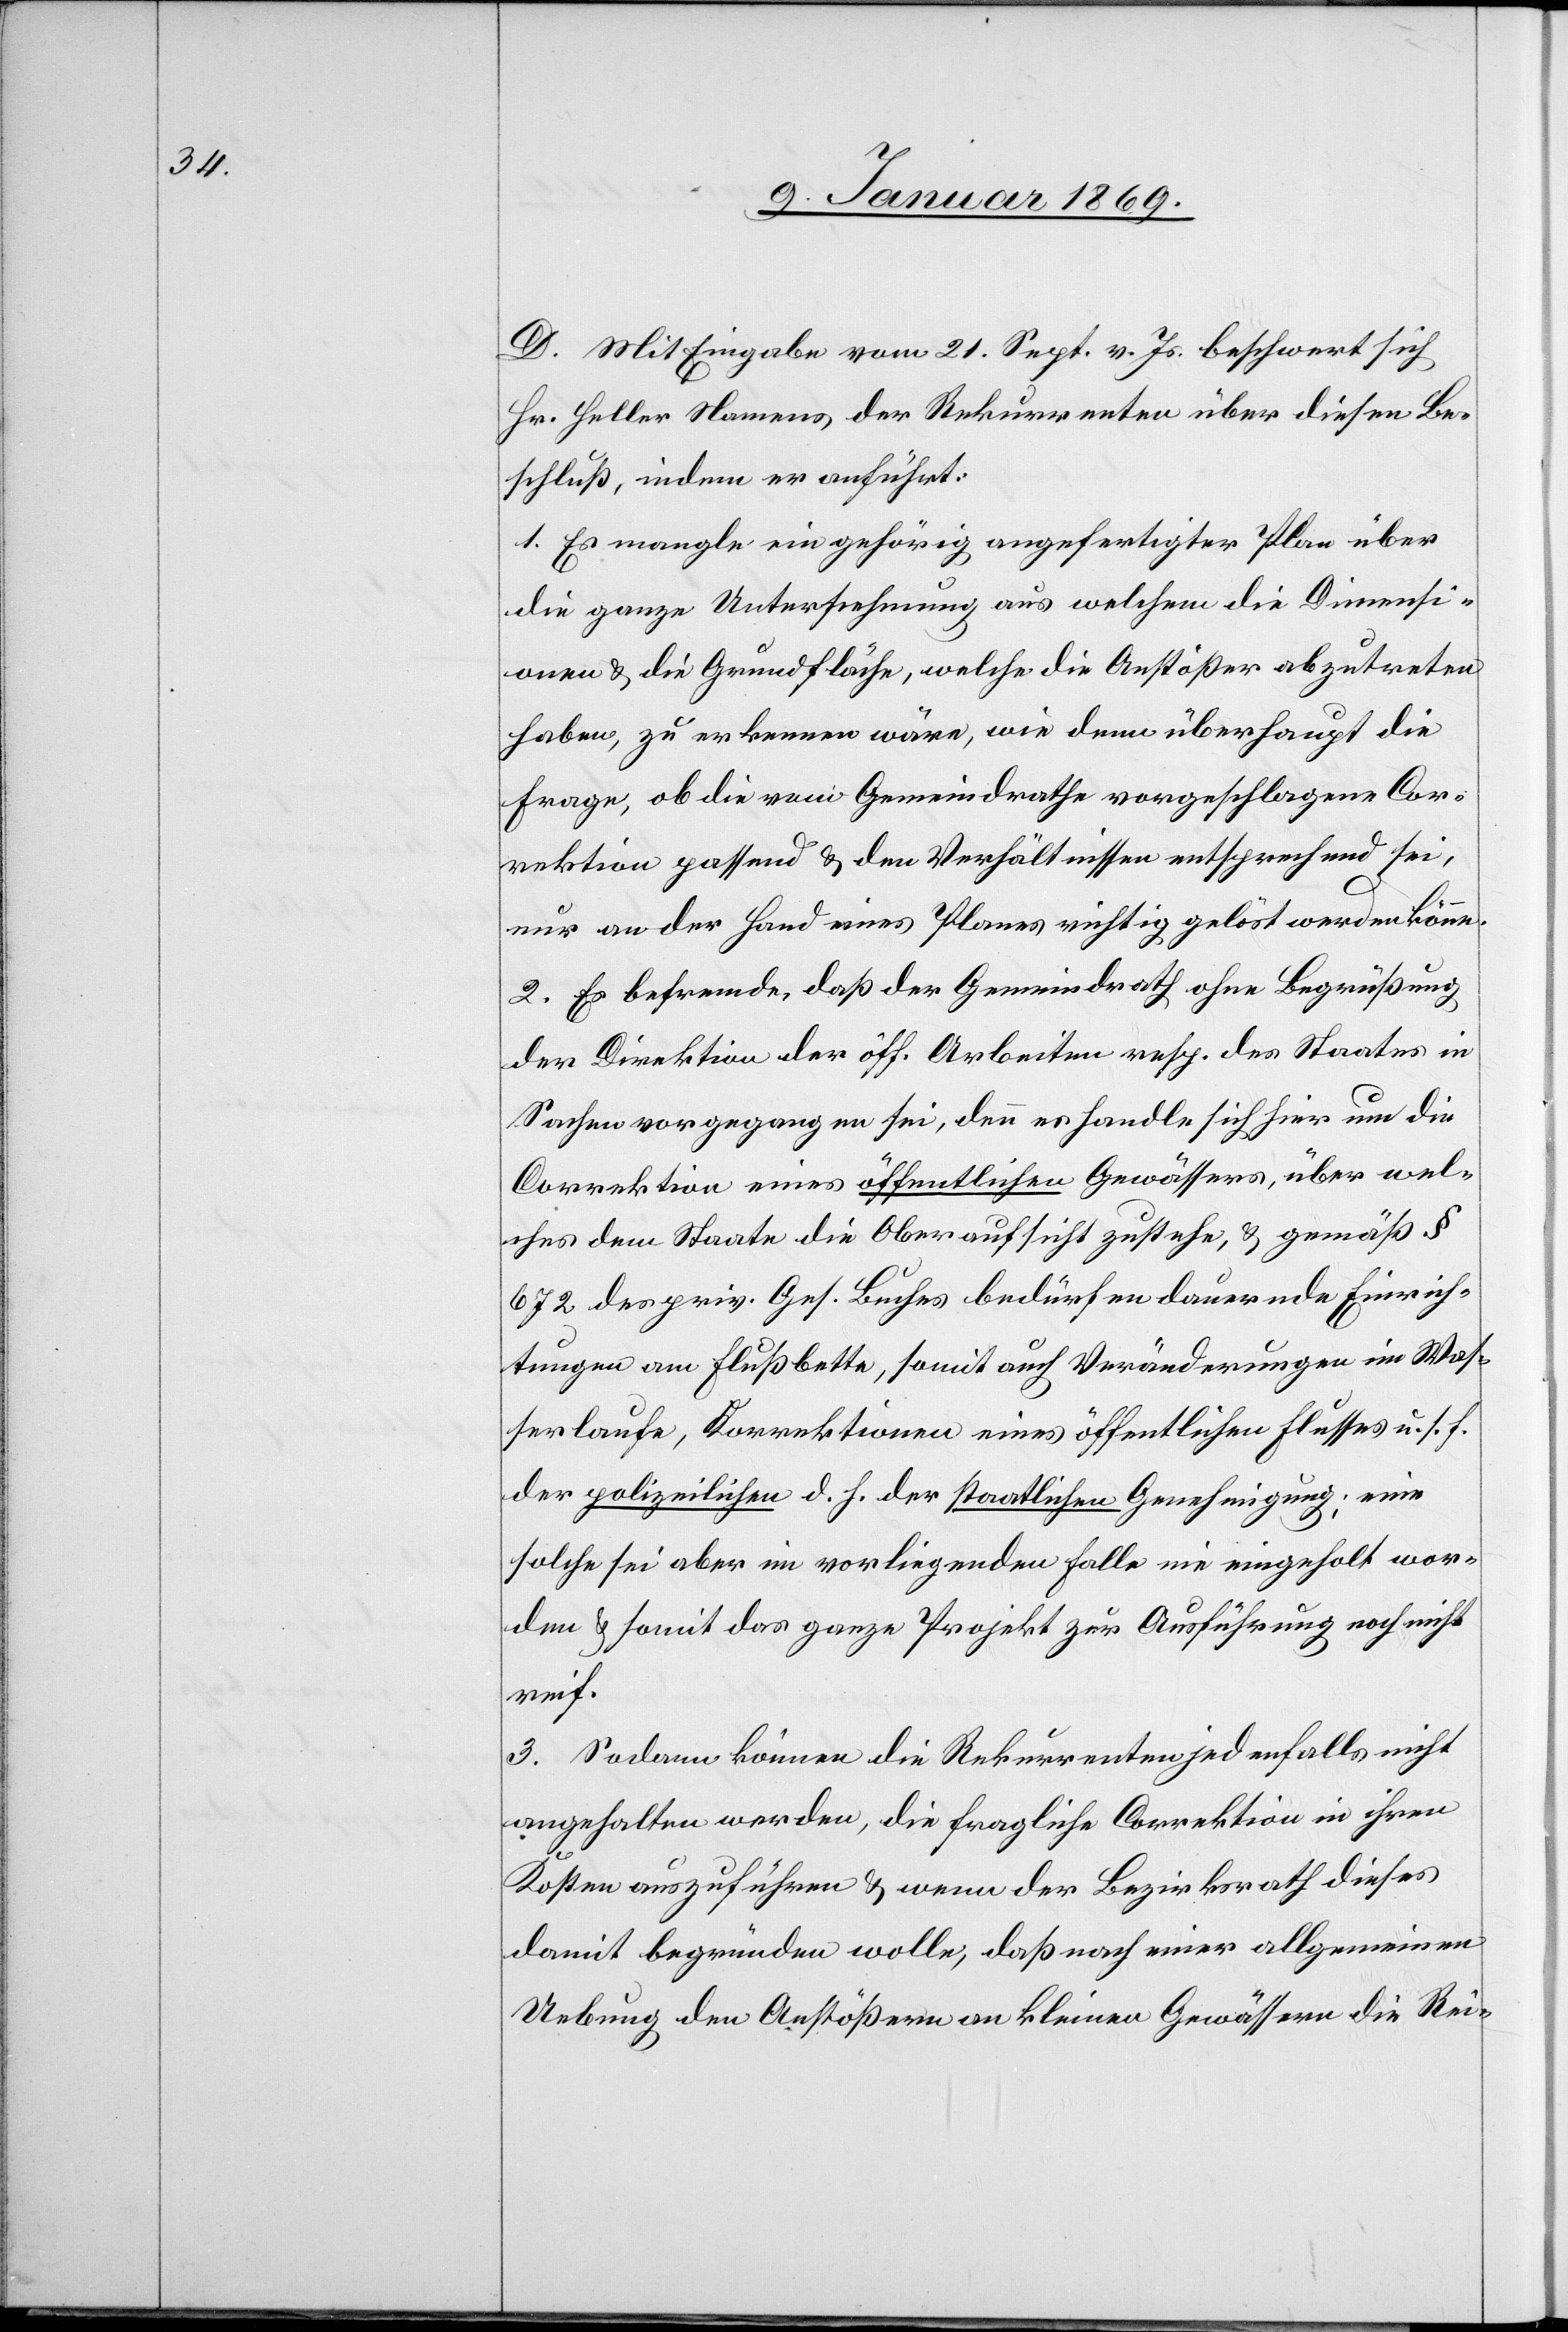
D. Mit Eingabe vom 21. Sept. v. Js. beschwert sich
Hr. Heller Namens der Rekurrenten über diesen Be¬
schluß, indem er anführt:
1. Es mangle ein gehörig angefertigter Plan über
die ganze Unternehmung aus welchem die Dimensi¬
onen & die Grundfläche, welche die Anstößer abzutreten
haben, zu erkennen wäre, wie denn überhaupt die
Frage, ob die vom Gemeindrathe vorgeschlagene Cor¬
rektion passend & den Verhältnissen entsprechend sei,
nur an der Hand eines Planes richtig gelöst werden könne.
2. Es befremde, daß der Gemeindrath ohne Begrüssung
der Direktion der öff. Arbeiten resp. des Staates in
Sachen vorgegangen sei, denn es handle sich hier um die
Correktion eines öffentlichen Gewässers, über wel¬
ches dem Staate die Oberaufsicht zustehe, & gemäß §
672 des priv. Ges. Buches bedürfen dauernde Einrich¬
tungen am Flußbette, somit auch Veränderungen im Was¬
serlaufe, Korrektionen eines öffentlichen Flusses u. s. f.
der polizeilichen d. h. der staatlichen Genehmigung, eine
solche sei aber im vorliegenden Falle nie eingeholt wor¬
den & somit das ganze Projekt zur Ausführung noch nicht
reif.
3. Sodann können die Rekurrenten jedenfalls nicht
angehalten werden, die fragliche Correktion in ihren
Kosten auszuführen & wenn der Bezirksrath dieses
damit begründen wolle; daß nach einer allgemeinen
Uebung den Anstößern an kleinen Gewässern die Rei-